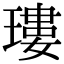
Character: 㻲